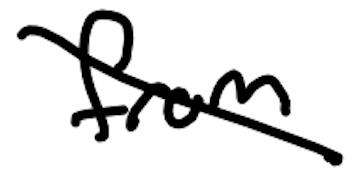
Text: from
Cross-out: diagonal
Writing tool: digital_black